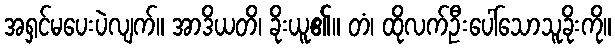
အရှင်မပေးပဲလျက်။ အာဒိယတိ၊ ခိုးယူ၏။ တံ၊ ထိုလက်ဦးပေါ်သောသူခိုးကို။